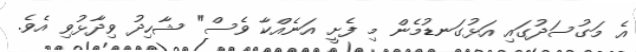
އެ މަގުސަދުގައި އަޅުގަނޑުމެން މި ފެށީ އަނެއްކާ ވެސް" ޝާހިދު ވިދާޅުވި އެވެ.